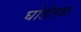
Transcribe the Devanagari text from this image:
घोडेतळ